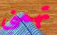
تهمني